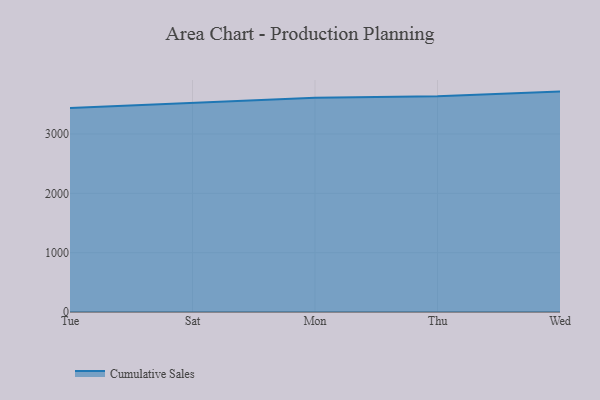
{"axis": {"x": "Day", "y": "Bounce Rate (%)"}, "legend": ["Cumulative Sales"], "data": [{"x": "Tue", "y": 3437.4, "type": "Cumulative Sales"}, {"x": "Sat", "y": 3525.5, "type": "Cumulative Sales"}, {"x": "Mon", "y": 3608.9, "type": "Cumulative Sales"}, {"x": "Thu", "y": 3636.6, "type": "Cumulative Sales"}, {"x": "Wed", "y": 3714.4, "type": "Cumulative Sales"}]}